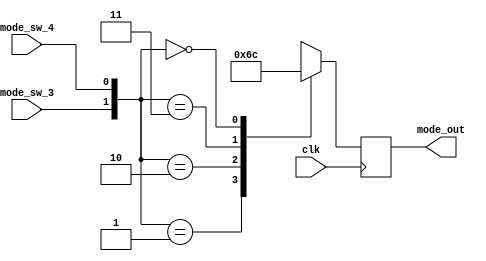
module Mode_Select(clk, mode_sw_3, mode_sw_4, mode_out);
	
	input clk;
	input mode_sw_3;
	input mode_sw_4;
	output [1:0] mode_out;
	
	reg [1:0] mode_select;
	
	always @ (posedge clk)
	begin
    case ({mode_sw_3, mode_sw_4})
      2'b01 : mode_select <= 2'b01; // If sw_3 = 0 and sw_4 = 1 -> Use mode "REPEAT RULE 1"
      2'b10 : mode_select <= 2'b10; // If sw_3 = 1 and sw_4 = 0 -> Use mode "REPEAT RULE 2"
      2'b11 : mode_select <= 2'b11; // If sw_3 = 1 and sw_4 = 1 -> Use mode "AUTOMATIC"
      2'b00 : mode_select <= 2'b00; // Nothing happens
    endcase     
	end
 
  assign mode_out = mode_select;
  
endmodule